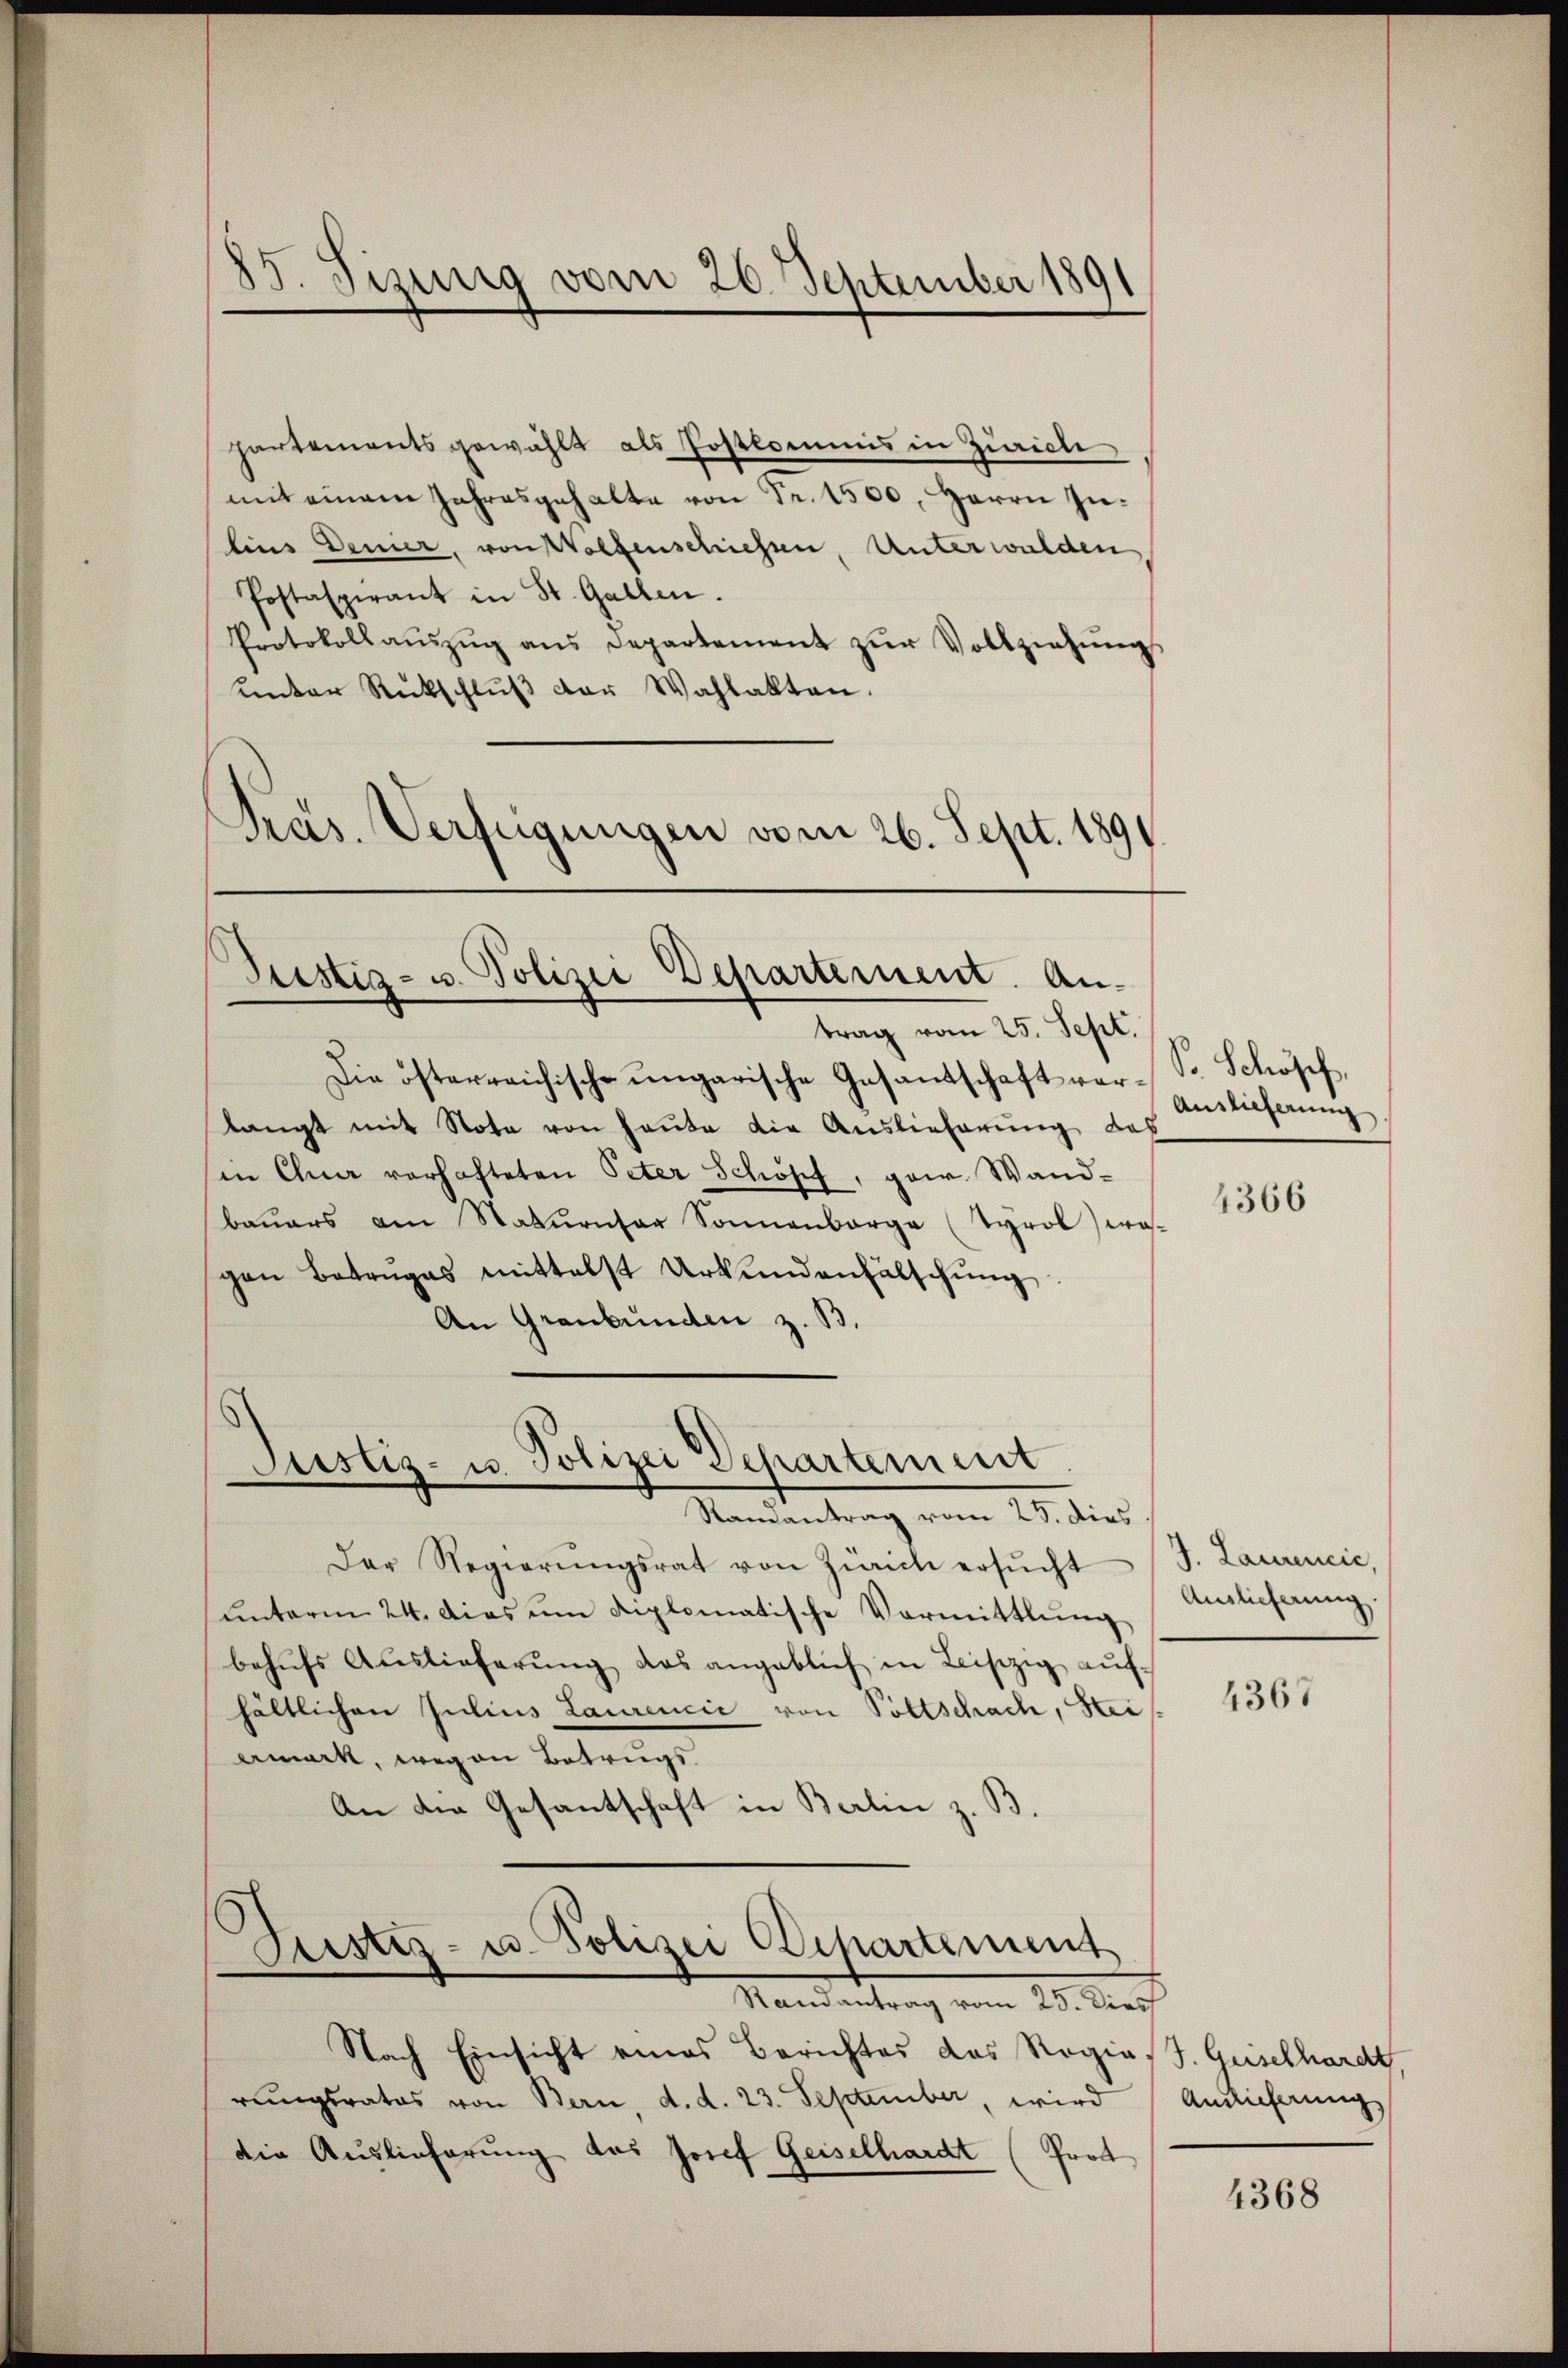
85. Sizig vom 26. September 1891

partements gewählt als Postkommis in Zürich
mit einem Jahresgehalte von Fr. 1500, Herrn Inlins Denier, von Wolfenschiessen, Unterwalden
Postaspirant in St. Gallen.
Protokollaŭszŭg ans Departement zŭr Vollziehŭng
ŭnter Rückschlŭβ der Wahlakten.
Pras. Verfügungen vom 26. Sept. 1891.

Justiz- u. Polizei Departement. Antrag vom 25. Sept.

Die österreichische ungarische Gesandschaft vor-S. Schöpf,
langt mit Nota von heute die Auslieferung des
in Chur vorhafteten Peter Schöpf, gew. Wand-
bauers am Statŭrnser Sonnenbarge (Tyrol, wo-
gen Betrages mittelst Urkundenfälschŭng
An Graubünden z. B.

Justiz- u. Polizei Departement

Ramantrag vom 25. dies
Der Regierŭngsrat von Zürich ersŭcht
ŭnterm 24. Das um diplomatische Vormittlung
behŭfs Auslieferŭng das angeblich in Leiszig aŭf-
hältlichen Julius Laurenčić von Poltschach, Heiermark, wegen Betrugs
An die Gesantschaft in Berlin z. B.

Justiz- u. Polizei Departement

Randantrag vom 25. Dies
Nach Einsicht eines Berichtes das Rogias. Geiselhardt,
rungsrates von Bern, d. d. 23. September, wird Auslieferung
die Auslieferung des Josef Geiselhardt (Prot

Auslieferung

4366

J. Laurencie,
Auslieferung

4367

4368